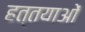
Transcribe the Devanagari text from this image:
हत्तयाओं